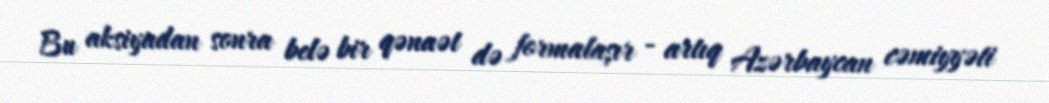
Bu aksiyadan sonra belə bir qənaət də formalaşır - artıq Azərbaycan cəmiyyəti